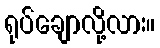
ရုပ်ချောလို့လား။